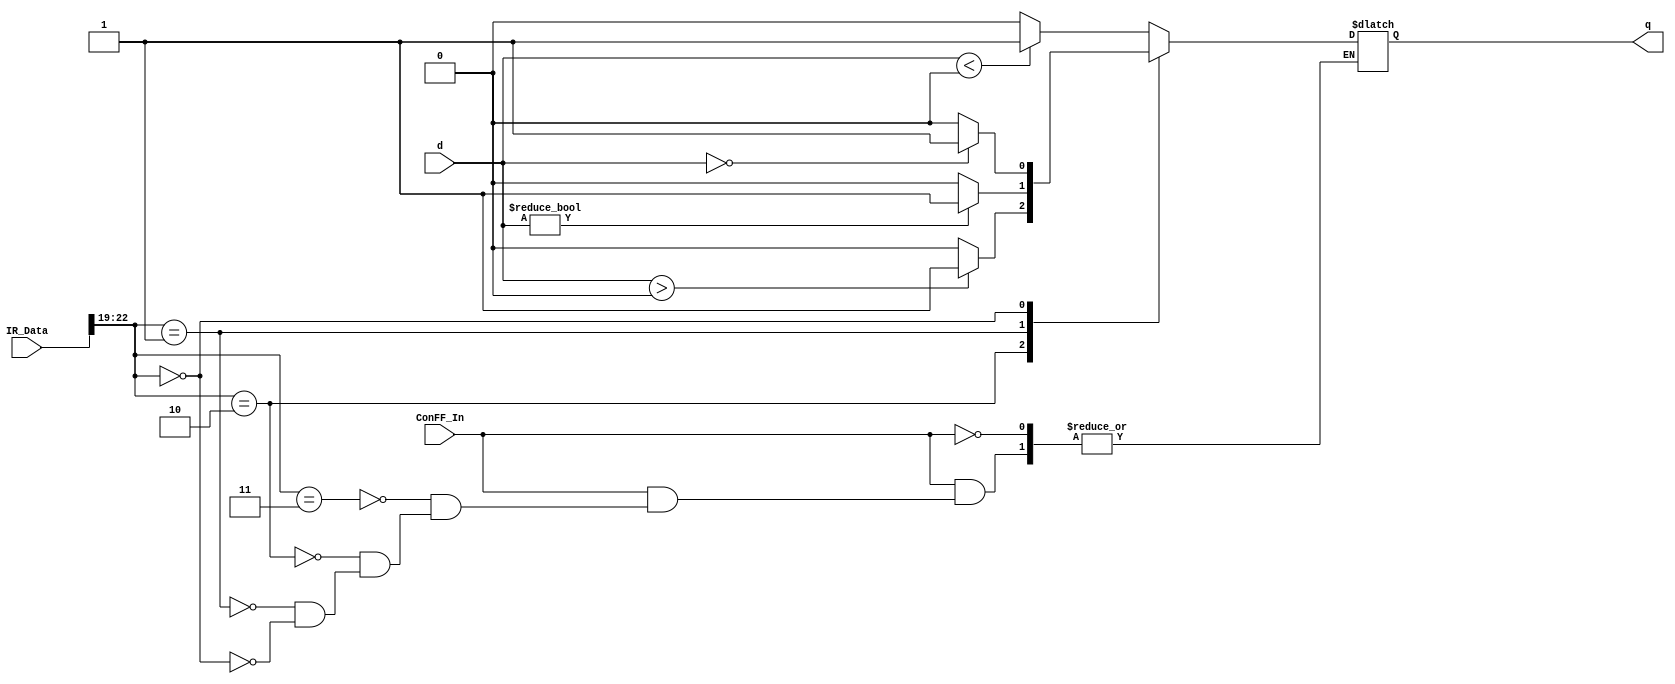
// Conditional Branch Logic

module ConFF (
	output reg q,
	input [31:0] d,
	input [31:0] IR_Data,
	input ConFF_In
	);
	
	initial begin // assign initial value
		q = 0;
	end

	always @ (*) begin
		if(ConFF_In) begin
			case(IR_Data[22:19]) 
				4'b0011 : begin   // brmi (branch if negative)
					if (d < 0)
						q = 1;
					else
						q = 0;
				end
				4'b0010 : begin   // brpl (branch if positive)
					if (d > 0)
						q = 1;
					else
						q =0;
				end
				4'b0001 : begin   // brnz (branch if nonzero)
					if (d != 0)
						q = 1;
					else
						q = 0;
				end
				4'b0000 : begin   // brzr (branch if zero)
					if (d == 0)
						q = 1;
					else
						q = 0;
				end
			endcase
		end
   end
endmodule // ConFF